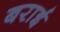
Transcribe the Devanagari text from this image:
बराई